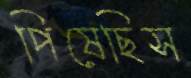
পিষেছিস